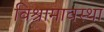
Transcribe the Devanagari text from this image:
विश्रामावस्था